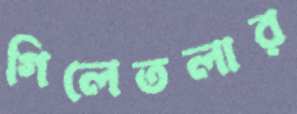
গিলেতলার